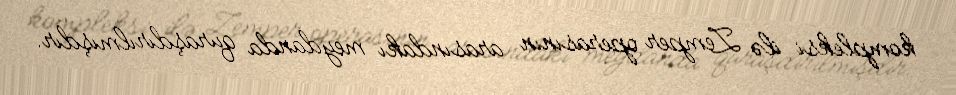
kompleksi ilə Zemper operasının arasındakı meydanda quraşdırılmışdır.